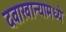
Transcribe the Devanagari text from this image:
दवाखान्यामध्ये